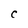
Character: C